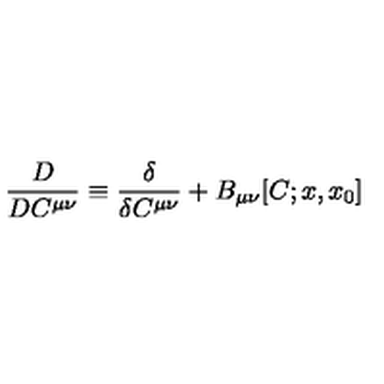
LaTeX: \frac { D } { D C ^ { \mu \nu } } \equiv \frac { \delta } { \delta C ^ { \mu \nu } } + B _ { \mu \nu } [ C ; x , x _ { 0 } ]